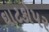
ઘાટકોપર